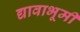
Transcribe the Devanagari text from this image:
द्यावाभूमी